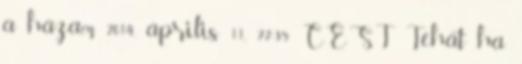
a házam 2014. április 11., 22:35 CEST Tehát ha